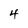
Character: 4